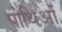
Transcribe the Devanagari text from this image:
पोथिओं